Annual report of the Central Committee of the Association together with the report of the directors of the Pasteur Institute at Kasauli
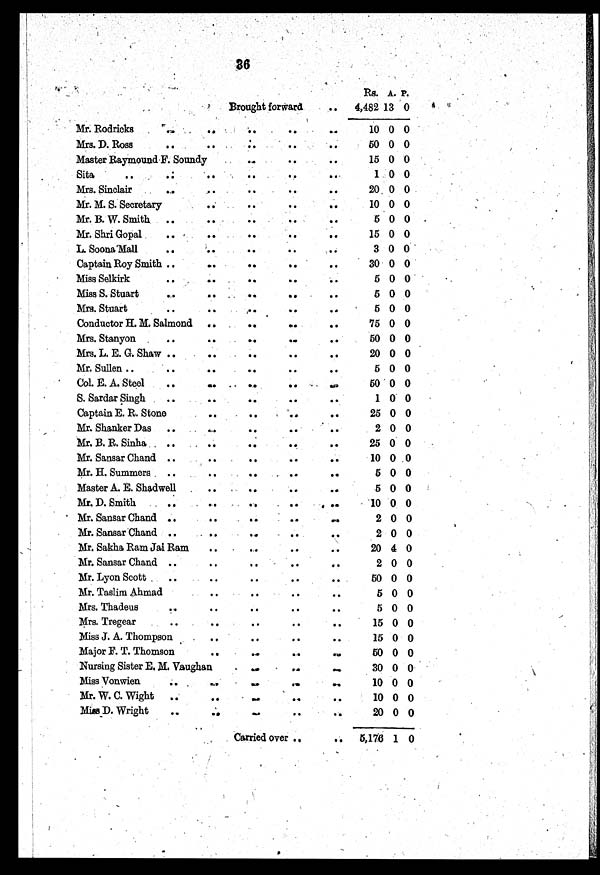
36
Brought forward
Rs. A. P.
4,482
1 3 0
Mr. Rodricks
10 0 0
Mrs. D. Ross
50 0 0
Master Raymound F. Soundy
15 0 0
Sita
1 0 0
Mrs. Sinclair
20 0 0
Mr. M. S. Secretary
10 0 0
Mr. B. W. Smith
5 0 0
Mr. Shri Gopal
15 0 0
L. Soona Mall
3 0 0
Captain Roy Smith
30 0 0
Miss Selkirk
5 0 0
Miss S. Stuart
5 0 0
Mrs. Stuart
5 0 0
Conductor H. M. Salmond
75 0 0
Mrs. Stanyon
50 0 0
Mrs. L. E. G. Shaw
20 0 0
Mr. Sullen
5 0 0
Col. E. A. Steel
50 0 0
S. Sardar Singh
1 0 0
Captain E. R. Stone
25 0 0
Mr. Shanker Das
2 0 0
Mr. B. R. Sinha
25 0 0
Mr. Sansar Chand
10 0 0
Mr. H. Summers
5 0 0
Master A. E. Shadwell
5 0 0
Mr. D. Smith
10 0 0
Mr. Sansar Chand
2 0 0
Mr. Sansar Chand
2 0 0
Mr. Sakha Ram Jai Ram
20 4 0
Mr. Sansar Chand
2 0 0
Mr. Lyon Scott
50 0 0
Mr. Taslim Ahmad
5 0 0
Mrs. Thadeus
5 0 0
Mrs. Tregear
15 0 0
Miss J. A. Thompson
15 0 0
Major F. T. Thomson
50 0 0
Nursing Sister E. M. Vaughan
30 0 0
Miss Vonwien
10 0 0
Mr. W. C. Wight
10 0 0
Miss. D. Wright
20 0 0
Carried over
5,176 1 0